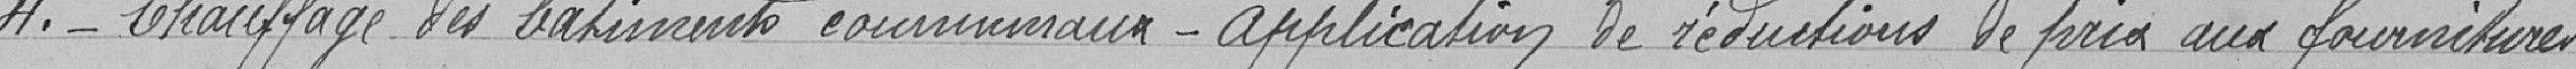
H .- Chauffage des bâtiments communaux- aplication de réductions de prix aux fournitures